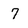
Character: 7